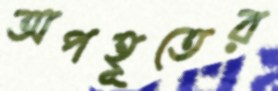
অপহূতের